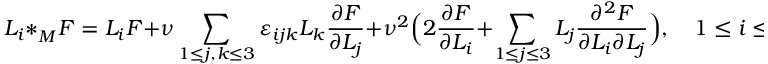
L _ { i } \ast _ { M } ^ { } F = L _ { i } F + \nu \sum _ { 1 \leq j , k \leq 3 } \varepsilon _ { i j k } L _ { k } { \frac { \partial F } { \partial L _ { j } } } + \nu ^ { 2 } \Bigl ( 2 { \frac { \partial F } { \partial L _ { i } } } + \sum _ { 1 \leq j \leq 3 } L _ { j } { \frac { \partial ^ { 2 } F } { \partial L _ { i } \partial L _ { j } } } \Bigr ) , \quad 1 \leq i \leq 3 .